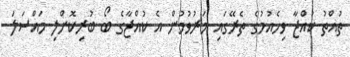
ތުއްތު ކުއްޖާ ވިހެއުމުގެ ތެރޭގައި މަރުވުމުން އެ ކުއްޖާގެ ބޯ ބުރިކޮށްލި މައްސަލަ